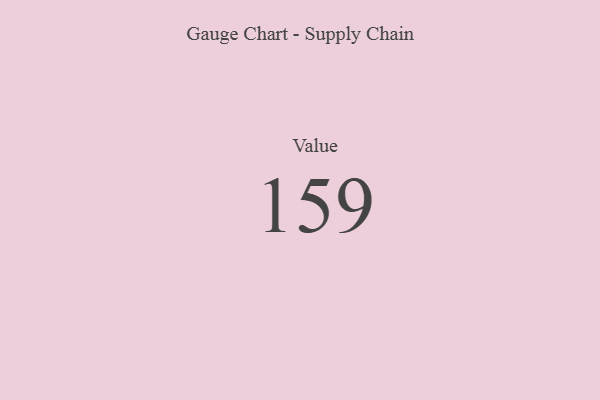
{"axis": {"x": "Metric", "y": "Value"}, "legend": [""], "data": [{"x": "Value", "y": 159, "type": ""}]}